Plague in India, 1896, 1897 - Volume 1
Year: 1896
Disease focus: Plague
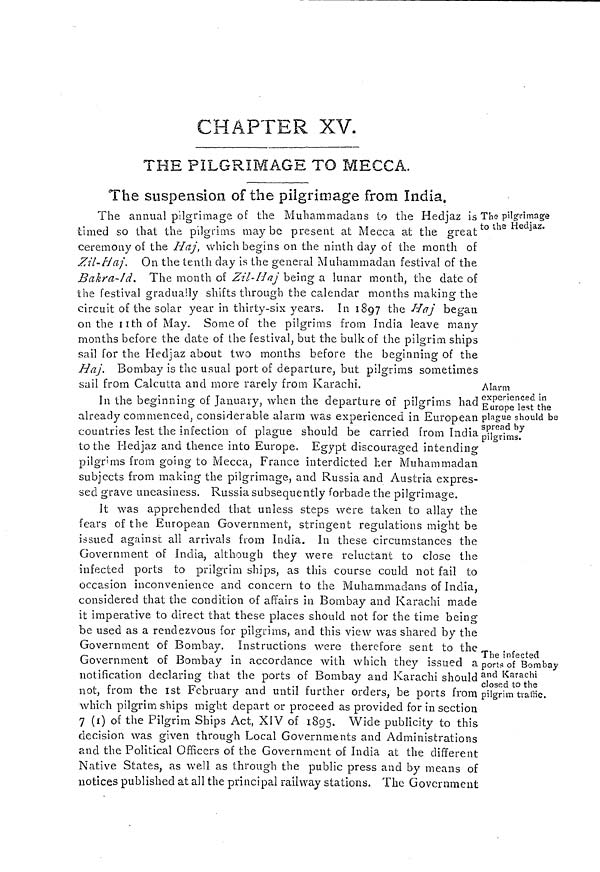
CHAPTER XV.
THE PILGRIMAGE TO MECCA.
The suspension of the pilgrimage from India.
The pilgrimage
to the Hedjaz.
The annual pilgrimage of the Muhammadans to the Hedjaz is
timed so that the pilgrims maybe present at Mecca at the great
ceremony of the Haj, which begins on the ninth day of the month of
Zil-Haj. On the tenth clay is the general Muhammadan festival of the
Bakra-ld. The month of Zil-Haj being a lunar month, the date of
the festival gradually shifts through the calendar months making the
circuit of the solar year in thirty-six years. In 1897 the Haj began
on the 11th of May. Some of the pilgrims from India leave many
months before the date of the festival, but the bulk of the pilgrim ships
sail for the Hedjaz about two months before the beginning of the
Haj. Bombay is the usual port of departure, but pilgrims sometimes
sail from Calcutta and more rarely from Karachi.
Alarm
experienced in
Europe lest the
plague should be
spread by
pilgrims.
In the beginning of January, when the departure of pilgrims had
already commenced, considerable alarm was experienced in European
countries lest the infection of plague should be carried from India
to the Hedjaz and thence into Europe. Egypt discouraged intending
pilgrims from going to Mecca, France interdicted her Muhammadan
subjects from making the pilgrimage, and Russia and Austria expres-
sed grave uneasiness. Russia subsequently forbade the pilgrimage.
The infected
ports of Bombay
and Karachi
closed to the
pilgrim traffic.
It was apprehended that unless steps were taken to allay the
fears of the European Government, stringent regulations might be
issued against all arrivals from India. In these circumstances the
Government of India, although they were reluctant to close the
infected ports to prilgrim ships, as this course could not fail to
occasion inconvenience and concern to the Muhammadans of India,
considered that the condition of affairs in Bombay and Karachi made
it imperative to direct that these places should not for the time being
be used as a rendezvous for pilgrims, and this view was shared by the
Government of Bombay. Instructions were therefore sent to the
Government of Bombay in accordance with which they issued a
notification declaring that the ports of Bombay and Karachi should
not, from the 1st February and until further orders, be ports from
which pilgrim ships might depart or proceed as provided for in section
7 (1) of the Pilgrim Ships Act, XIV of 1895. Wide publicity to this
decision was given through Local Governments and Administrations
and the Political Officers of the Government of India at the different
Native States, as well as through the public press and by means of
notices published at all the principal railway stations. The Government